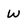
Character: W